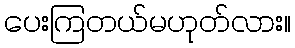
ပေးကြတယ်မဟုတ်လား။